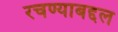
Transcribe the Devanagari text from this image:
रचण्याबद्दल